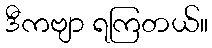
ဒီကဗျာ ရကြတယ်။